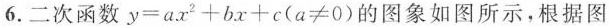
6.二次函数y=a.x2+bx+c(a≠0)的图象如图所示，根据图